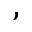
^ ,